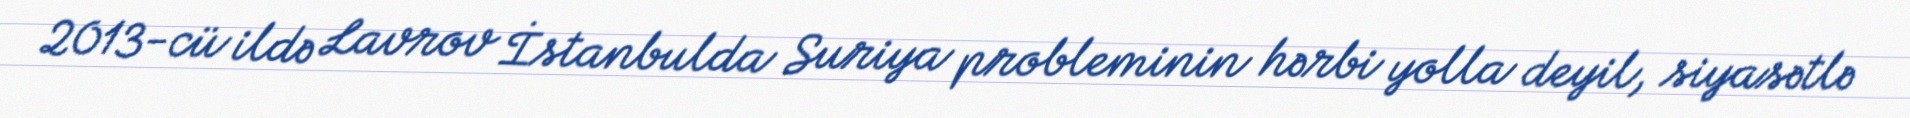
2013-cü ildə Lavrov İstanbulda Suriya probleminin hərbi yolla deyil, siyasətlə